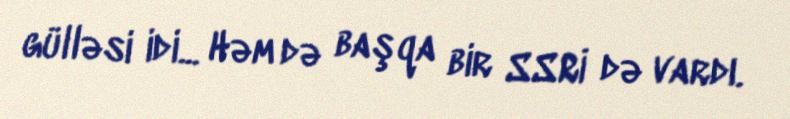
gülləsi idi... Həm də başqa bir SSRİ də vardı.